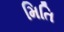
મિતિ